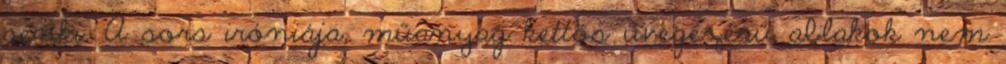
senki. A sors iróniája, műanyag kettős üvegezésű ablakok nem